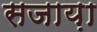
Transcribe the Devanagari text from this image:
सजाय़ा